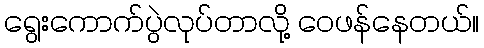
ရွေးကောက်ပွဲလုပ်တာလို့ ဝေဖန်နေတယ်။